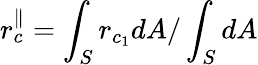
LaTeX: r_{c}^{\parallel}=\int_{S}r_{c_{1}}dA/\int_{S}dA